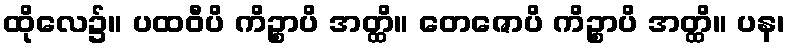
ထိုလေ၌။ ပထဝီပိ ကိဉ္စာပိ အတ္ထိ။ တေဇောပိ ကိဉ္စာပိ အတ္ထိ။ ပန၊